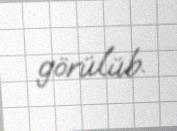
görülüb.